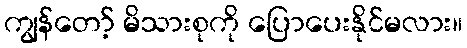
ကျွန်တော့် မိသားစုကို ပြောပေးနိုင်မလား။